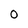
Character: O